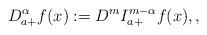
LaTeX: \begin{align*}D_{a+}^{\alpha }f(x):=D^{m}I_{a+}^{m-\alpha }f(x),,\end{align*}